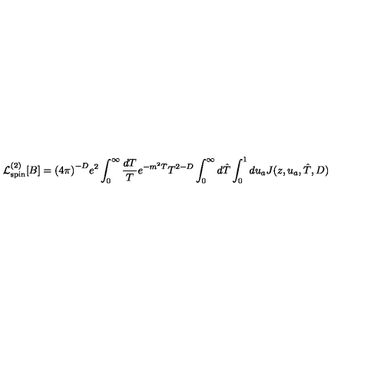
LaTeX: { \cal L } _ { \mathrm { s p i n } } ^ { ( 2 ) } [ B ] = { ( 4 \pi ) } ^ { - D } e ^ { 2 } \int _ { 0 } ^ { \infty } { \frac { d T } { T } } e ^ { - m ^ { 2 } T } T ^ { 2 - D } \int _ { 0 } ^ { \infty } d \hat { T } \int _ { 0 } ^ { 1 } d u _ { a } J ( z , u _ { a } , \hat { T } , D ) \nonumber \,